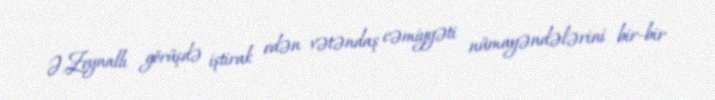
Ə.Zeynallı görüşdə iştirak edən vətəndaş cəmiyyəti nümayəndələrini bir-bir